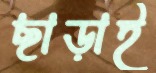
ছাড়াই